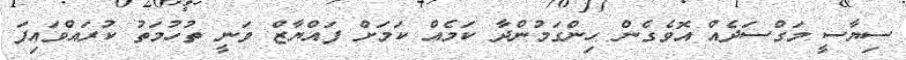
ސިޔާސީ މަގްސަދެއް އޮވެގެން ހިންގަމުންދާ ކަމެއް ކަމަށް ފައްޔާޒް ވަނީ ތުހުމަތު ކުރައްވައިފަ